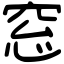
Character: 窓